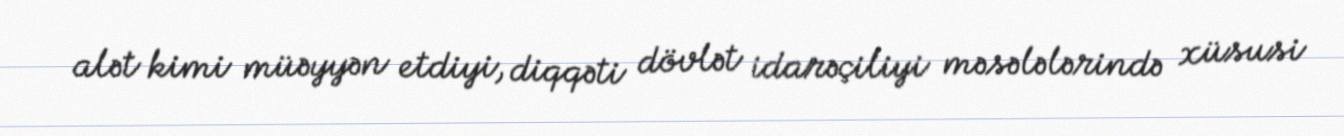
alət kimi müəyyən etdiyi, diqqəti dövlət idarəçiliyi məsələlərində xüsusi